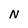
Character: N